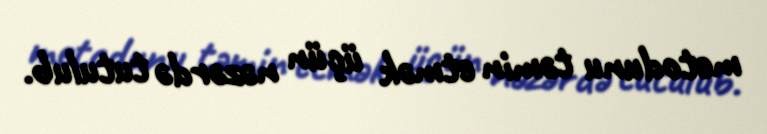
metodunu təmin etmək üçün nəzərdə tutulub.